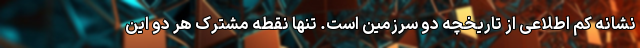
نشانه کم اطلاعی از تاریخچه دو سرزمین است. تنها نقطه مشترک هر دو این